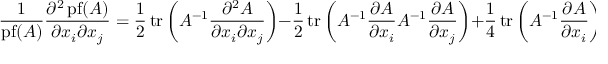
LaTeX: { \frac { 1 } { \operatorname { p f } ( A ) } } { \frac { \partial ^ { 2 } \operatorname { p f } ( A ) } { \partial x _ { i } \partial x _ { j } } } = { \frac { 1 } { 2 } } \operatorname { t r } \left( A ^ { - 1 } { \frac { \partial ^ { 2 } A } { \partial x _ { i } \partial x _ { j } } } \right) - { \frac { 1 } { 2 } } \operatorname { t r } \left( A ^ { - 1 } { \frac { \partial A } { \partial x _ { i } } } A ^ { - 1 } { \frac { \partial A } { \partial x _ { j } } } \right) + { \frac { 1 } { 4 } } \operatorname { t r } \left( A ^ { - 1 } { \frac { \partial A } { \partial x _ { i } } } \right) \operatorname { t r } \left( A ^ { - 1 } { \frac { \partial A } { \partial x _ { j } } } \right) .